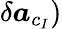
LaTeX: \delta\boldsymbol{a}_{c_{I}})